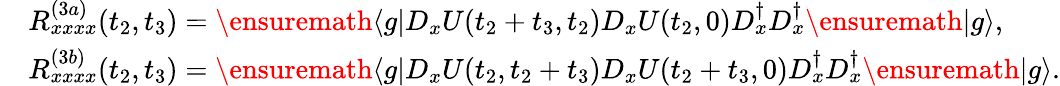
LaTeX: \begin{array}{rl}&{R_{xxxx}^{(3a)}(t_{2},t_{3})=\ensuremath{\langle g|}D_{x}U(t_{2}+t_{3},t_{2})D_{x}U(t_{2},0)D_{x}^{\dagger}D_{x}^{\dagger}\ensuremath{|g\rangle},}\\ &{R_{xxxx}^{(3b)}(t_{2},t_{3})=\ensuremath{\langle g|}D_{x}U(t_{2},t_{2}+t_{3})D_{x}U(t_{2}+t_{3},0)D_{x}^{\dagger}D_{x}^{\dagger}\ensuremath{|g\rangle}.}\end{array}